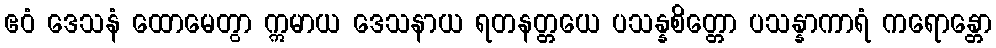
ဧဝံ ဒေသနံ ထောမေတွာ ဣမာယ ဒေသနာယ ရတနတ္တယေ ပသန္နစိတ္တော ပသန္နာကာရံ ကရောန္တော